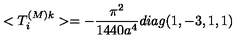
< T _ { i } ^ { ( M ) k } > = - \frac { \pi ^ { 2 } } { 1 4 4 0 a ^ { 4 } } d i a g ( 1 , - 3 , 1 , 1 )